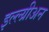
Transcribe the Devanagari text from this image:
इल्ल्य्रीअन